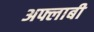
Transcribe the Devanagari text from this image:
अफ्लाबी